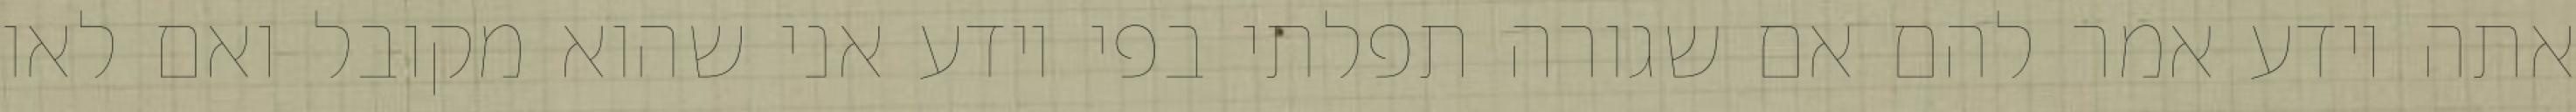
אתה יודע אמר להם אם שגורה תפלתי בפי יודע אני שהוא מקובל ואם לאו